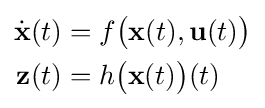
{\begin{aligned}{\dot {\mathbf {x} }}(t)&=f{\bigl (}\mathbf {x} (t),\mathbf {u} (t){\bigr )}\\\mathbf {z} (t)&=h{\bigl (}\mathbf {x} (t){\bigr )}(t)\end{aligned}}